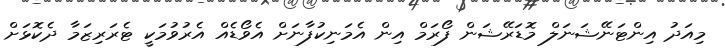
މިއަދު އިންޓަނޭޝަނަލް މޮޑަރޭޝަން ފޯރަމް އިން އެމަނިކުފާނަށް އެވޯޑެއް އެރުވުމަކީ ޓެރަރިޒަމާ ދެކޮޅަށް